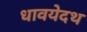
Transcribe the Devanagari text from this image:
धावयेदथ